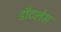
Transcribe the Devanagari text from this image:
डाँटलेस